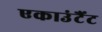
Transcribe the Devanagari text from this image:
एकाउंटैंट